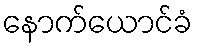
နောက်ယောင်ခံ